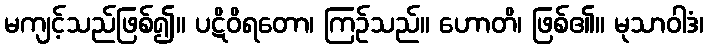
မကျင့်သည်ဖြစ်၍။ ပဋိဝိရတော၊ ကြဉ်သည်။ ဟောတိ၊ ဖြစ်၏။ မုသာဝါဒံ၊